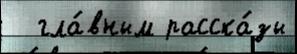
  гла́вным расска́зы